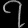
Digit: ၇